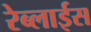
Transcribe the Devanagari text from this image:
रेब्लाईस